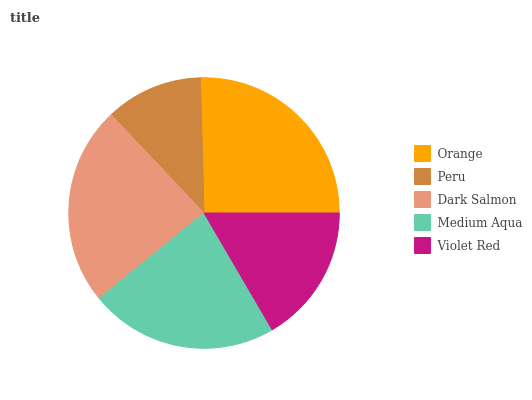
| Orange | Peru | Dark Salmon | Medium Aqua | Violet Red |
 | --- | --- | --- | --- | --- |
 | 25.4% | 11.6% | 23.8% | 22.6% | 16.5% |